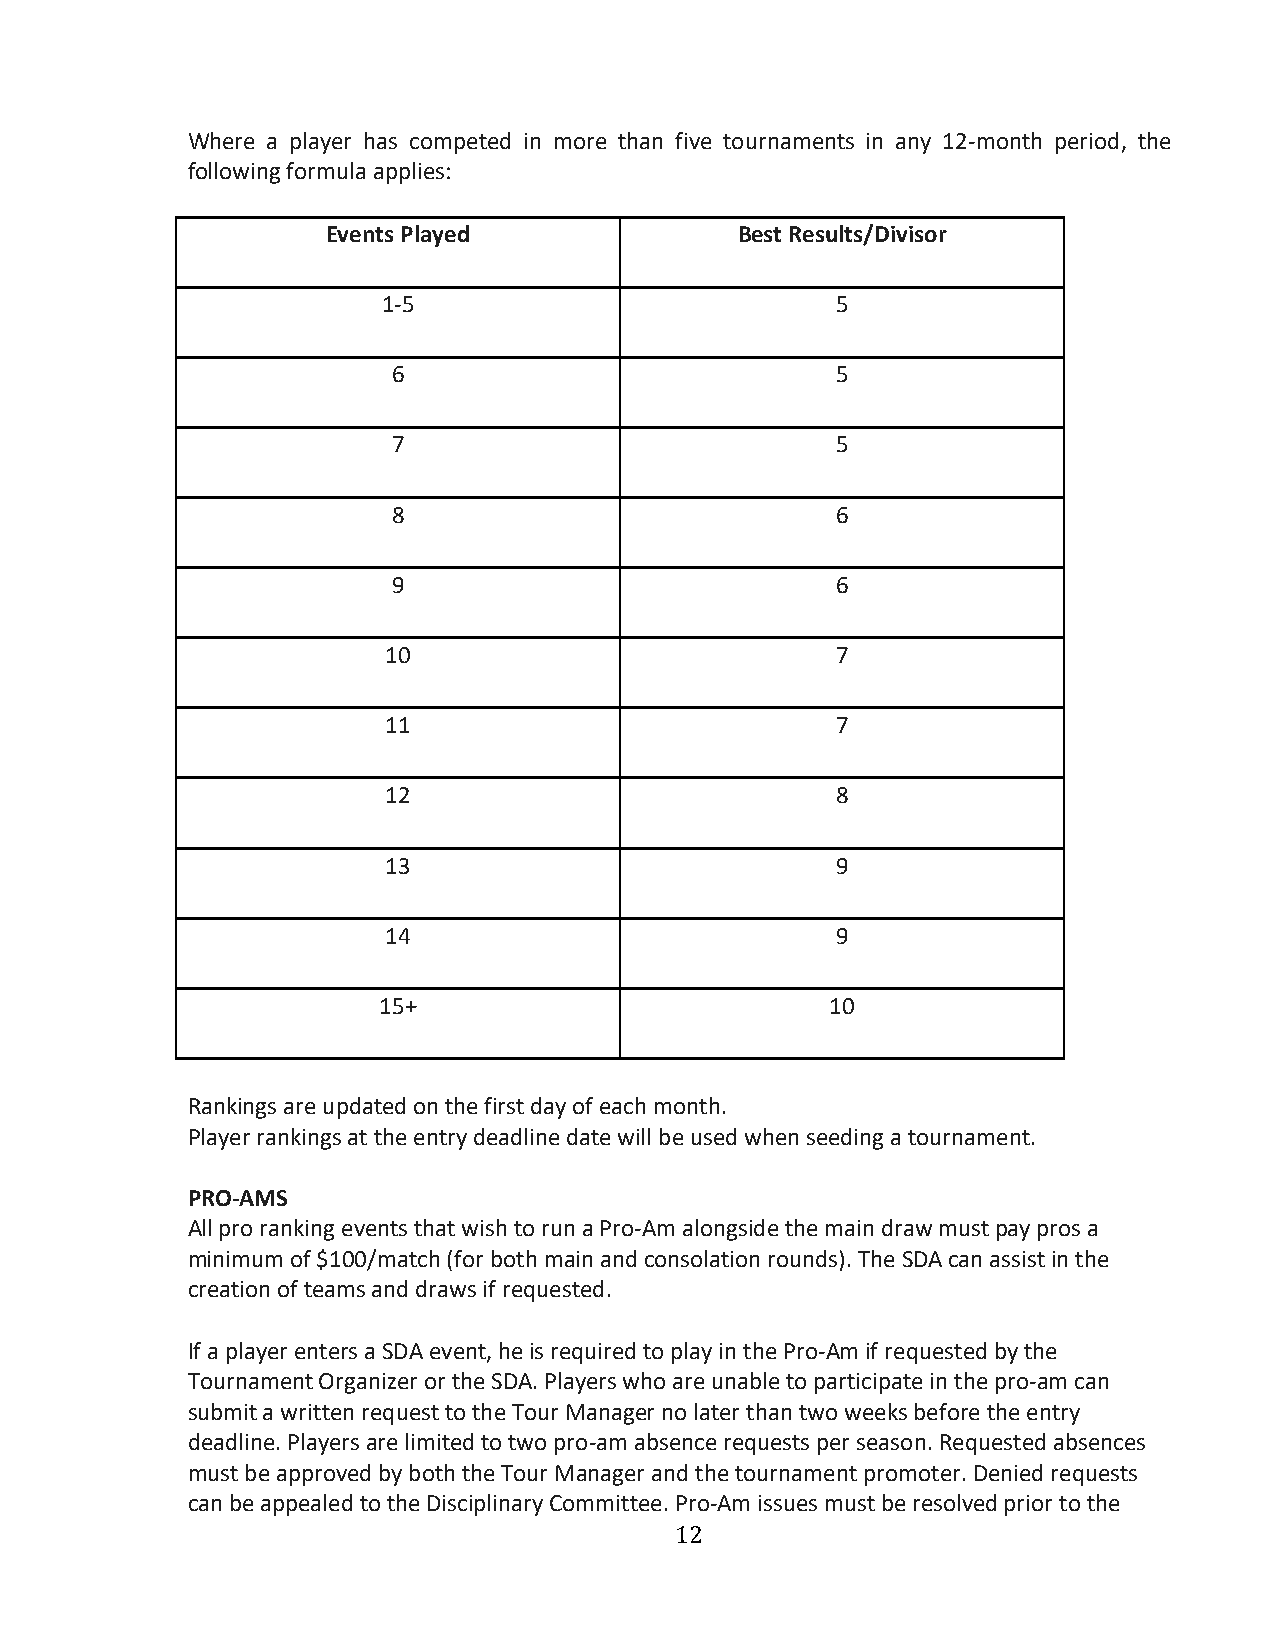
Where a player has competed in more than five tournaments in any 12-month period, the
 following formula applies:
 Events Played              Best Results/Divisor
 1-5                           5
 6                            5
 7                            5
 8                            6
 9                            6
 10                           7
 11                           7
 12                           8
 13                           9
 14                           9
 15+                           10
 Rankings are updated on the first day of each month.
 Player rankings at the entry deadline date will be used when seeding a tournament.
 PRO-AMS
 All pro ranking events that wish to run a Pro-Am alongside the main draw must pay pros a
 minimum of $100/match (for both main and consolation rounds). The SDA can assist in the
 creation of teams and draws if requested.
 If a player enters a SDA event, he is required to play in the Pro-Am if requested by the
 Tournament Organizer or the SDA. Players who are unable to participate in the pro-am can
 submit a written request to the Tour Manager no later than two weeks before the entry
 deadline. Players are limited to two pro-am absence requests per season. Requested absences
 must be approved by both the Tour Manager and the tournament promoter. Denied requests
 can be appealed to the Disciplinary Committee. Pro-Am issues must be resolved prior to the
 12